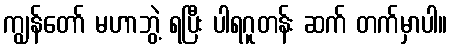
ကျွန်တော် မဟာဘွဲ့ ရပြီး ပါရဂူတန်း ဆက် တက်မှာပါ။